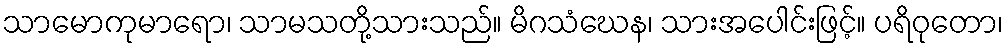
သာမောကုမာရော၊ သာမသတို့သားသည်။ မိဂသံဃေန၊ သားအပေါင်းဖြင့်။ ပရိဝုတော၊